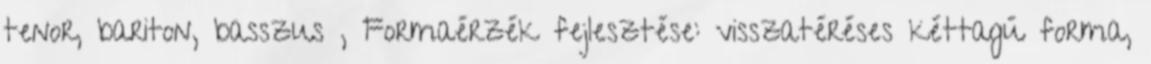
tenor, bariton, basszus , Formaérzék fejlesztése: visszatéréses kéttagú forma,